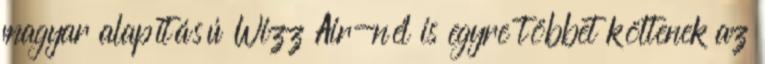
magyar alapítású Wizz Air-nél is egyre többet költenek az